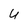
Character: U